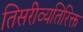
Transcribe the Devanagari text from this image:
तिसरीव्यतिरिक्त